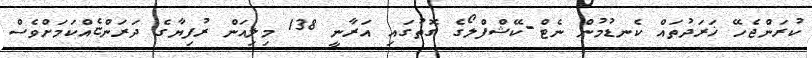
ކުރަންޖެހޭ ޚަރަދުތައް ކެނޑުމުން ނެޓް-ކޭޝްފްލޯގެ ގޮތުގައި އަރާނީ 138 މިލިއަން ރުފިޔާގެ ދަރަންޏެއްކަމަށްވެސް